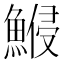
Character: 𱆷